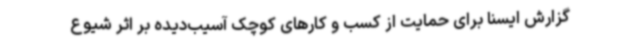
گزارش ایسنا برای حمایت از کسب و کارهای کوچک آسیب‌دیده بر اثر شیوع